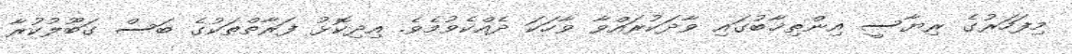
މިފަހަރުގެ ރިޔާސީ އިންތިޚާބުގައި ވާދަކުރައްވާ ވާހަކަ ދެއްކެވުމެވެ. އިދިކޮޅު ފަރާތްތަކުގެ ބަސް ގަބޫލުކުރާ